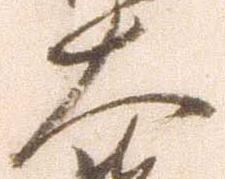
大